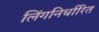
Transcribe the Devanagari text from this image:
लिंगनिर्धारित